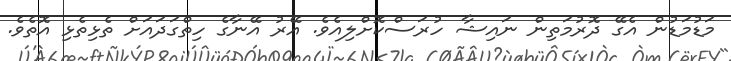
މަޑުމަޑުން އެގޭ ދޮރުމަތިން ނައިޝާ ހުރަސްކޮށްލިއެވެ. އޭރު އޭނާގެ ހިތްގަދައަށް ތެޅިތެޅި އޮތެވެ.